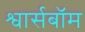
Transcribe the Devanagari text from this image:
श्वार्सबॉम